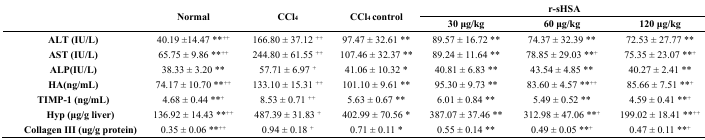
<table><thead><tr><td rowspan="2"></td><td rowspan="2"><b>Normal</b></td><td rowspan="2"><b>CCl<sub>4</sub></b></td><td rowspan="2"><b>CCl<sub>4</sub> control</b></td><td colspan="3"><b>r-sHSA</b></td></tr><tr><td><b>30 μg/kg</b></td><td><b>60 μg/kg</b></td><td><b>120 μg/kg</b></td></tr></thead><tbody><tr><td><b>ALT (IU/L)</b></td><td>40.19 ± 14.47 **<sup>++</sup></td><td>166.80 ± 37.12 <sup>++</sup></td><td>97.47 ± 32.61 **</td><td>89.57 ± 16.72 **</td><td>74.37 ± 32.39 **</td><td>72.53 ± 27.77 **</td></tr><tr><td><b>AST (IU/L)</b></td><td>65.75 ± 9.86 **<sup>++</sup></td><td>244.80 ± 61.55 <sup>++</sup></td><td>107.46 ± 32.37 **</td><td>89.24 ± 11.64 **</td><td>78.85 ± 29.03 **<sup>+</sup></td><td>75.35 ± 23.07 **<sup>+</sup></td></tr><tr><td><b>ALP(IU/L)</b></td><td>38.33 ± 3.20 **</td><td>57.71 ± 6.97 <sup>+</sup></td><td>41.06 ± 10.32 *</td><td>40.81 ± 6.83 **</td><td>43.54 ± 4.85 **</td><td>40.27 ± 2.41 **</td></tr><tr><td><b>HA(ng/mL)</b></td><td>74.17 ± 10.70 **<sup>++</sup></td><td>133.10 ± 15.31 <sup>++</sup></td><td>101.10 ± 9.61 **</td><td>95.30 ± 9.73 **</td><td>83.60 ± 4.57 **<sup>++</sup></td><td>85.66 ± 7.51 **<sup>+</sup></td></tr><tr><td><b>TIMP-1 (ng/mL)</b></td><td>4.68 ± 0.44 **<sup>+</sup></td><td>8.53 ± 0.71 <sup>++</sup></td><td>5.63 ± 0.67 **</td><td>6.01 ± 0.84 **</td><td>5.49 ± 0.52 **</td><td>4.59 ± 0.41 **<sup>+</sup></td></tr><tr><td><b>Hyp (μg/g liver)</b></td><td>136.92 ± 14.43 **<sup>++</sup></td><td>487.39 ± 31.83 <sup>+</sup></td><td>402.99 ± 70.56 *</td><td>387.07 ± 37.46 **</td><td>312.98 ± 47.06 **<sup>+</sup></td><td>199.02 ± 18.41 **<sup>++</sup></td></tr><tr><td><b>Collagen III (ug/g protein)</b></td><td>0.35 ± 0.06 **<sup>++</sup></td><td>0.94 ± 0.18 <sup>+</sup></td><td>0.71 ± 0.11 *</td><td>0.55 ± 0.14 **</td><td>0.49 ± 0.05 **<sup>+</sup></td><td>0.47 ± 0.11 **<sup>+</sup></td></tr></tbody></table>